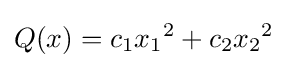
Q(x)=c_{1}{x_{1}}^{2}+c_{2}{x_{2}}^{2}